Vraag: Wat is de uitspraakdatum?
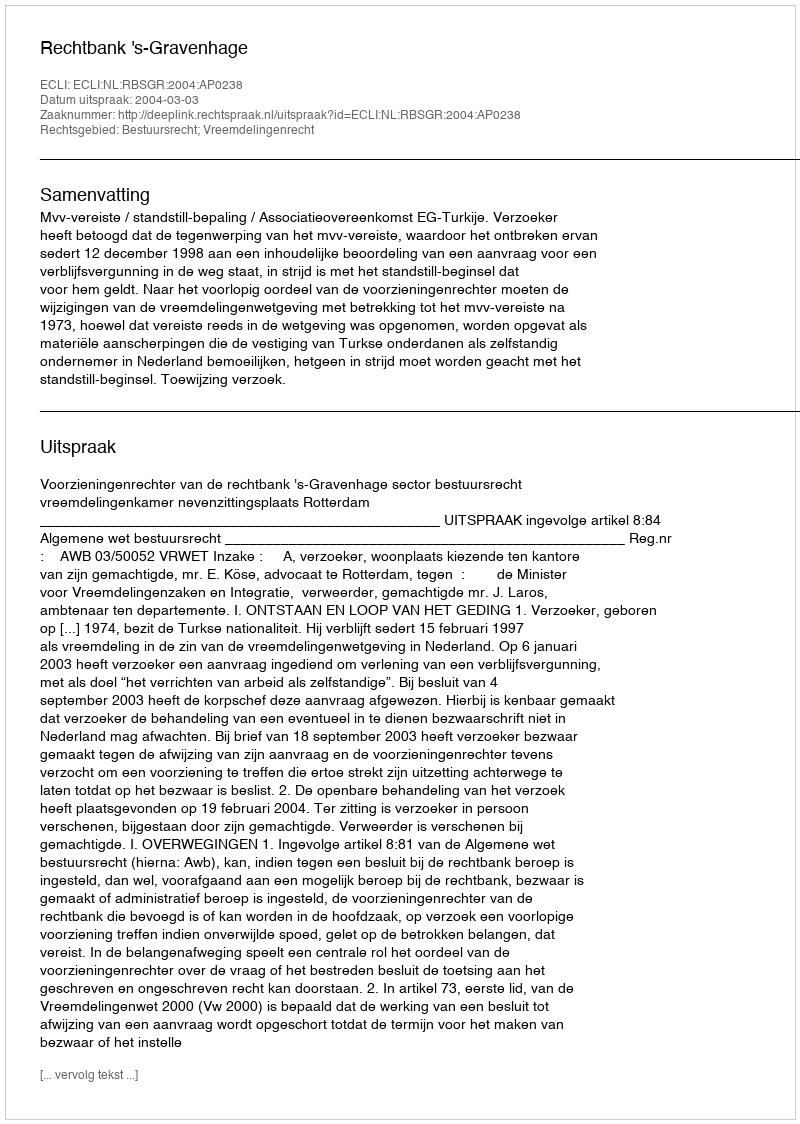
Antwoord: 2004-03-03